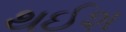
થઈશ